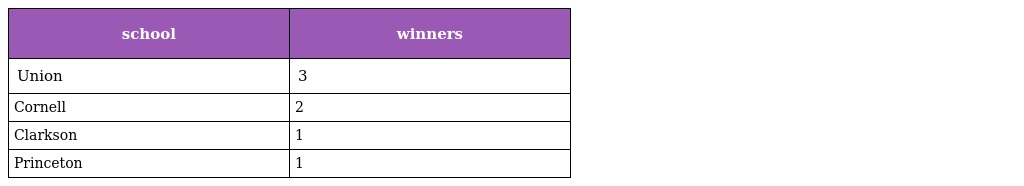
| school | winners |
 | --- | --- |
 | Union | 3 |
 | Cornell | 2 |
 | Clarkson | 1 |
 | Princeton | 1 |